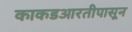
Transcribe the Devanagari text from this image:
काकडआरतीपासून